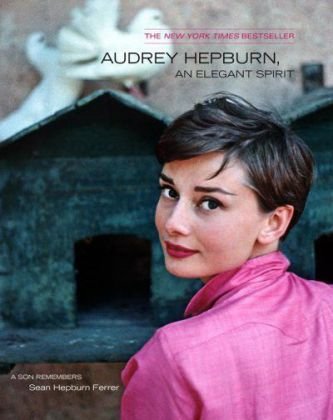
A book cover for Audrey Hepburn, An Elegant Spirit; Sean Hepburn Ferrer; Humor & Entertainment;